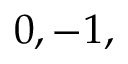
0 , - 1 ,